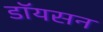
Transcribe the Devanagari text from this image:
डॉयसन